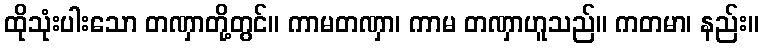
ထိုသုံးပါးသော တဏှာတို့တွင်။ ကာမတဏှာ၊ ကာမ တဏှာဟူသည်။ ကတမာ၊ နည်း။